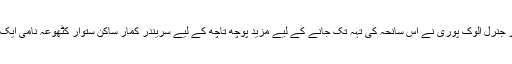
بعد ازاںکرائم برانچ کے ایڈیشنل ڈائریکٹر جنرل الوک پوری نے اِس سانحہ کی تہہ تک جانے کے لیے مزید پوچھ تاچھ کے لیے سریندر کمار ساکن ستوار کٹھوعہ نامی ایک اورSPO کی گرفتاری کی تصدیق کی۔